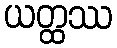
ယတ္ထဿ